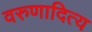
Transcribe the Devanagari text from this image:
वरुणादित्य